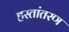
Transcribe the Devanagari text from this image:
हस्‍तांतरण